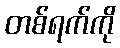
တစ်ရက်ကို